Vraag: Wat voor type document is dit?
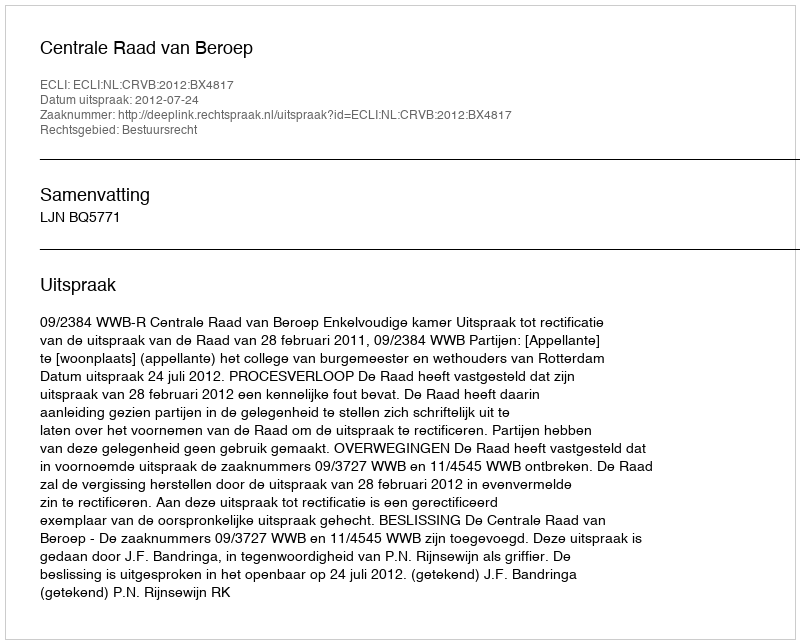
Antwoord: Uitspraak